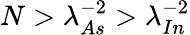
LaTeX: N>\lambda_{As}^{-2}>\lambda_{In}^{-2}